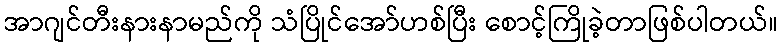
အာဂျင်တီးနားနာမည်ကို သံပြိုင်အော်ဟစ်ပြီး စောင့်ကြိုခဲ့တာဖြစ်ပါတယ်။